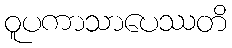
ဝူပကာသာပေဿတိ